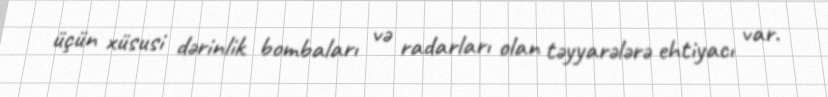
üçün xüsusi dərinlik bombaları və radarları olan təyyarələrə ehtiyacı var.